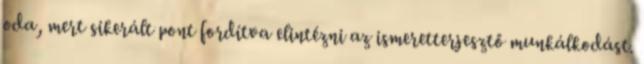
oda, mert sikerált pont fordítva elintézni az ismeretterjesztő munkálkodást.